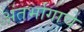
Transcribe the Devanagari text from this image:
अंतर्भागाचे